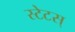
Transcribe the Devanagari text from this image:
स्टेटस्